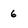
Character: 6